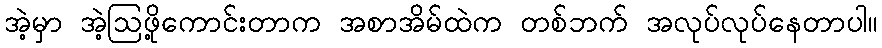
အဲ့မှာ အဲ့ဩဖို့ကောင်းတာက အစာအိမ်ထဲက တစ်ဘက် အလုပ်လုပ်နေတာပါ။